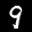
Label: 9